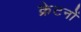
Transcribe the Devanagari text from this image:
क्रेटनों